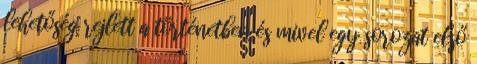
lehetőség rejlett a történetben és mivel egy sorozat első